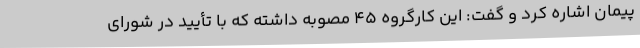
پیمان اشاره کرد و گفت: این کارگروه 45 مصوبه داشته که با تأیید در شورای